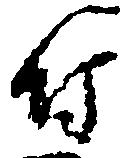
付